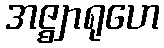
အဇ္ဈာရုဟေ